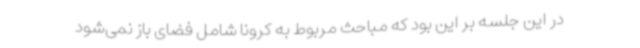
در این جلسه بر این بود که مباحث مربوط به کرونا شامل فضای باز نمی‌شود